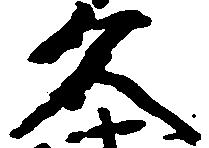
久